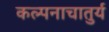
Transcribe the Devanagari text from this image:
कल्पनाचातुर्य